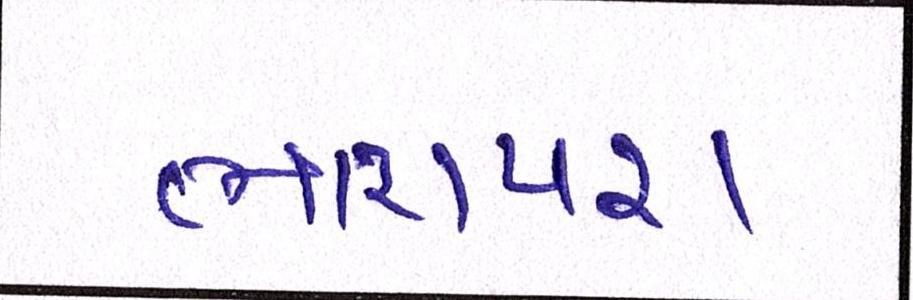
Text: ભારાપરા